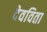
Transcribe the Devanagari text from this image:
देवविता